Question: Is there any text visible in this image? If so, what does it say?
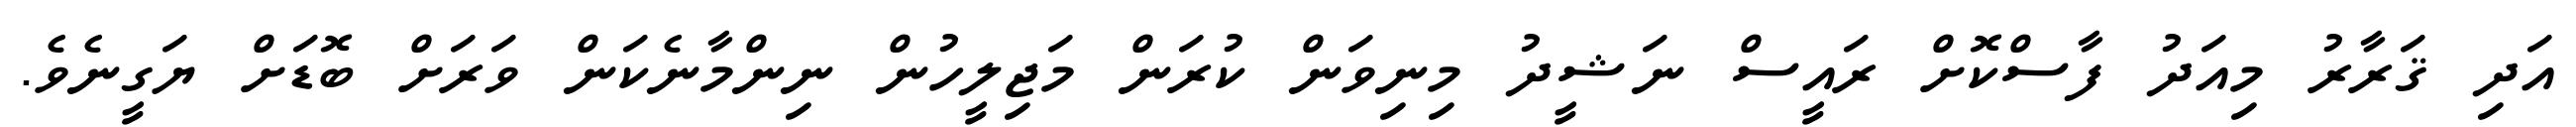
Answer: އަދި ޤަރާރު މިއަދު ފާސްކޮށް ރައީސް ނަޝީދު މިނިވަން ކުރަން މަޖިލީހުން ނިންމާނެކަން ވަރަށް ބޮޑަށް ޔަގީނެވެ.